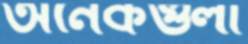
অনেকগুলা